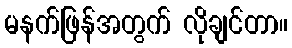
မနက်ဖြန်အတွက် လိုချင်တာ။